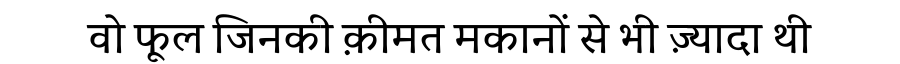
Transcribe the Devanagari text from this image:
वो फूल जिनकी क़ीमत मकानों से भी ज़्यादा थी